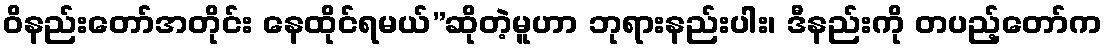
ဝိနည်းတော်အတိုင်း နေထိုင်ရမယ်”ဆိုတဲ့မူဟာ ဘုရားနည်းပါး၊ ဒီနည်းကို တပည့်တော်က